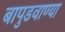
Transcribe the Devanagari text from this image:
बापुडवाण्या